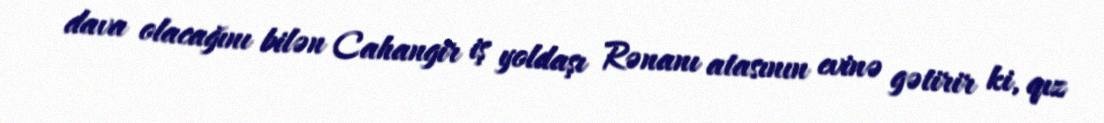
dava olacağını bilən Cahangir iş yoldaşı Rənanı atasının evinə gətirir ki, qız